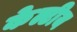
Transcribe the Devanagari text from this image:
केल्टीय